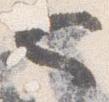
也